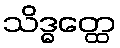
သိဒ္ဓတ္ထေ